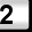
Digit: 2